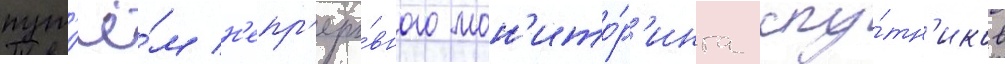
пут'ё́м н'епр'еры́вного мон'ито́р'инга спу́тн'иков